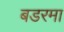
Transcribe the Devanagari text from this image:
बडरमा